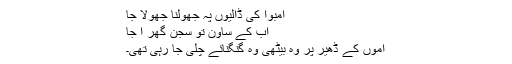
امبوا کی ڈالیوں پہ جھولنا جھولا جا
اب کے ساون تو سجن گھر آ جا
آموں کے ڈھیر پر وہ بیٹھی وہ گنگنائے چلی جا رہی تھی۔